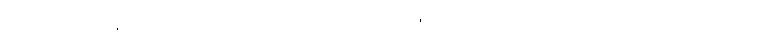
တက်သက်နေမိ၊ ပညာရှိလျက်၊ သတိယွင်းလပ်၊ မင်းဒဏ်ကြပ်၏၊ မရပ်ရာဘိ၊ ရပ်မှားမိသည်၊